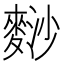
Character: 𪌮